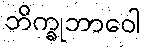
ဘိက္ခုဘာဝေါ